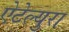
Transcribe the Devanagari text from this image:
ऐटेल्युरा